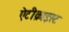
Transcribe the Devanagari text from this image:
ऐंटीक्राइस्ट